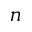
n